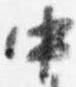
中